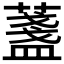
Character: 𦾟